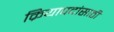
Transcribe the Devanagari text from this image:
क्रियापदांसाठी